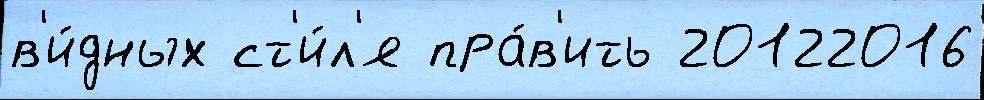
в'и́дных ст'и́л'я пра́в'ить 20122016